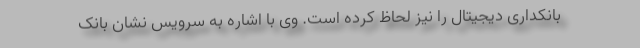
بانکداری دیجیتال را نیز لحاظ کرده است. وی با اشاره به سرویس نشان بانک